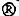
R